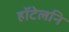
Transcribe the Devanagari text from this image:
हॉटेलनि